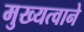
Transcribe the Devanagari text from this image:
मुख्यत्वाने